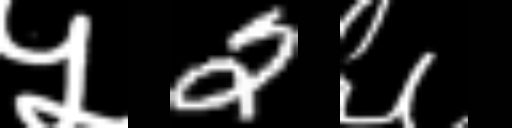
Text: ५2६